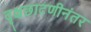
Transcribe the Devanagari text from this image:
वृक्षछाटणीनंतर